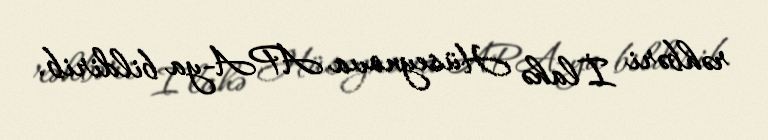
rəhbəri İlahə Hüseynova APA-ya bildirib.